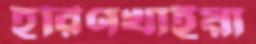
হরিণখাইয়া